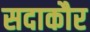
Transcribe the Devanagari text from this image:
सदाकौर